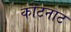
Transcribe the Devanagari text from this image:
कोटनाट